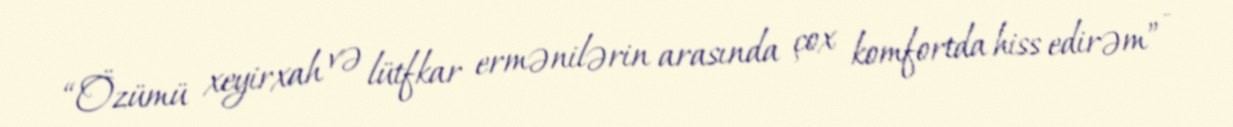
“Özümü xeyirxah və lütfkar ermənilərin arasında çox komfortda hiss edirəm” -